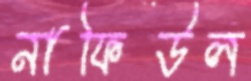
নাফিউল